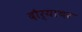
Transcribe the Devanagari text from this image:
दौर्‍याचर